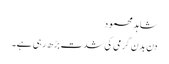
شاہد محمود
دن بدن گرمی کی شدت بڑھ رہی ہے۔